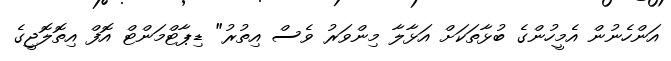
އަންހެނުން އެމީހުންގެ ބުޅާތަކަށް އަޅާލާ މިންވަރު ވެސް އިތުރު" ޑިޕާޓްމަންޓް އޮފް އިތޮލޮޖީގެ